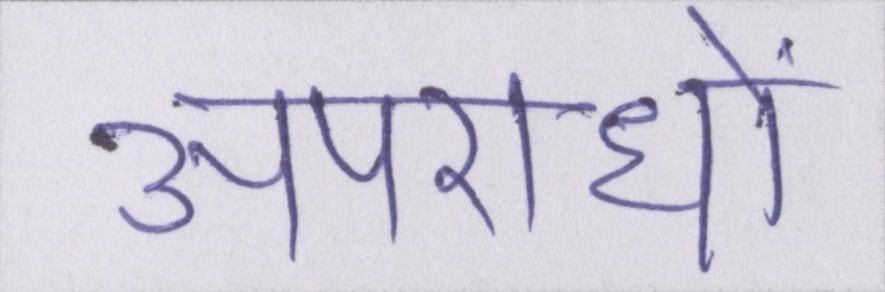
अपराधों